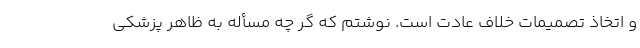
و اتخاذ تصمیمات خلاف عادت است. نوشتم که گر چه مسأله به ظاهر پزشکی